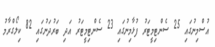
އުސްމިނުގައި 25 ސެންޓިމީޓަރު ފުޅާމިނުގައި 23 ސެންޓިމީޓަރު އަދި ބަރުދަނުގައި 82 ކިލޯގްރާމު